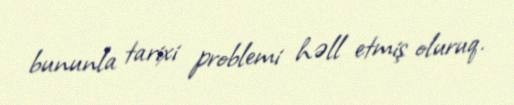
bununla tarixi problemi həll etmiş oluruq.